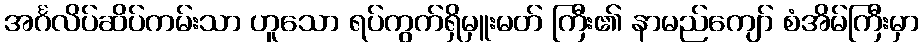
အင်္ဂလိပ်ဆိပ်ကမ်းသာ ဟူသော ရပ်ကွက်ရှိမှူးမတ် ကြီး၏ နာမည်ကျော် စံအိမ်ကြီးမှာ